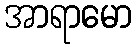
အာရာမော